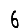
Digit: 6